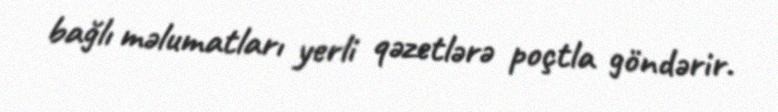
bağlı məlumatları yerli qəzetlərə poçtla göndərir.